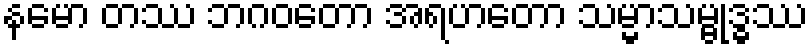
နမော တဿ ဘဂဝတော အရဟတော သမ္မာသမ္ဗုဒ္ဓဿ